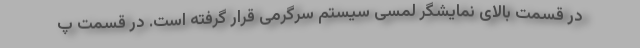
در قسمت بالای نمایشگر لمسی سیستم سرگرمی قرار گرفته است. در قسمت پ